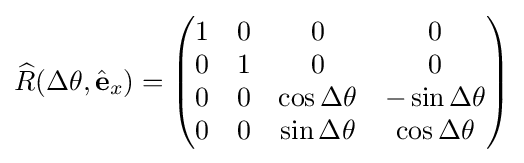
{\widehat {R}}(\Delta \theta ,{\hat {\mathbf {e} }}_{x})={\begin{pmatrix}1&0&0&0\\0&1&0&0\\0&0&\cos \Delta \theta &-\sin \Delta \theta \\0&0&\sin \Delta \theta &\cos \Delta \theta \\\end{pmatrix}}